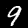
Digit: 9